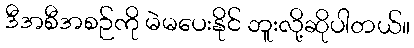
ဒီအစီအစဉ်ကို မဲမပေးနိုင် ဘူးလို့ဆိုပါတယ်။